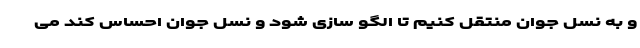
و به نسل جوان منتقل کنیم تا الگو سازی شود و نسل جوان احساس کند می